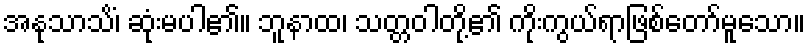
အနုသာသိံ၊ ဆုံးမပါ၏။ ဘူနာထ၊ သတ္တဝါတို့၏ ကိုးကွယ်ရာဖြစ်တော်မူသော။